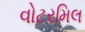
વોટરમિલ